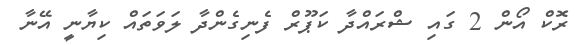
ރޮކް އޯން 2 ގައި ޝްރައްދާ ކަޕޫރް ފެނިގެންދާ ލަވަތައް ކިޔާނީ އޭނާ